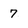
Character: 7